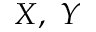
X , ~ Y